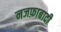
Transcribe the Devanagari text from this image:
नजफ़ाबादी